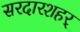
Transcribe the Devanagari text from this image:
सरदारशहर्